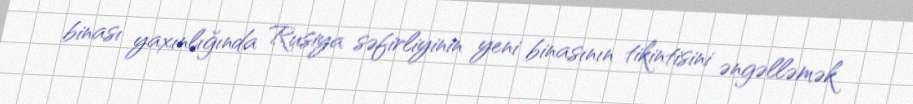
binası yaxınlığında Rusiya səfirliyinin yeni binasının tikintisini əngəlləmək